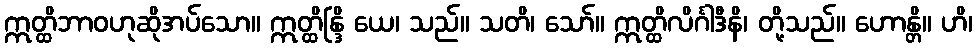
ဣတ္ထိဘာဝဟုဆိုအပ်သော။ ဣတ္ထိန္ဒြိ ယေ၊ သည်။ သတိ၊ သော်။ ဣတ္ထိလိင်္ဂါဒီနိ၊ တို့သည်။ ဟောန္တိ။ ဟိ၊